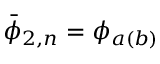
\bar { \phi } _ { 2 , n } = \phi _ { a ( b ) }